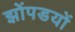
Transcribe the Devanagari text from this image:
झोंपडयों